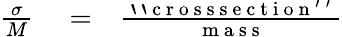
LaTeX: \begin{array}{rlr}{\frac{\sigma}{M}}&{{}=}&{\frac{\mathrm{~`~`~c~r~o~s~s~s~e~c~t~i~o~n~'~'~}}{\mathrm{~m~a~s~s~}}}\end{array}